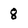
Character: 8